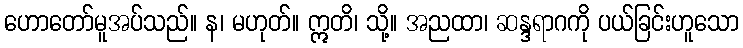
ဟောတော်မူအပ်သည်။ န၊ မဟုတ်။ ဣတိ၊ သို့။ အညထာ၊ ဆန္ဒရာဂကို ပယ်ခြင်းဟူသော